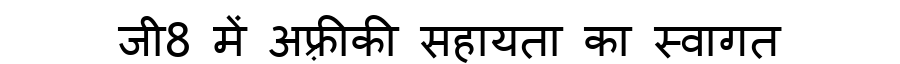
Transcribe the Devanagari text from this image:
जी8 में अफ़्रीकी सहायता का स्वागत